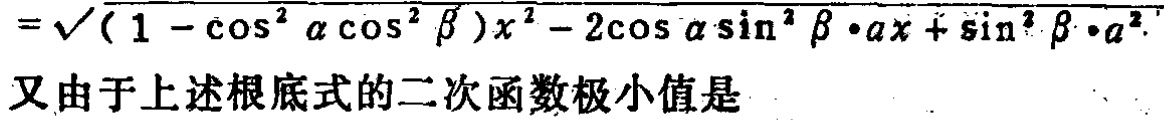
$=\sqrt{(1 - \cos^{2}\alpha\cos^{2}\beta)x^{2}-2\cos\alpha\sin^{2}\beta\cdot ax+\sin^{2}\beta\cdot a^{2}}$
又由于上述根底式的二次函数极小值是